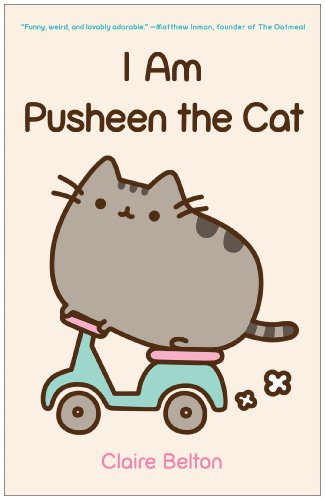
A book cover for I Am Pusheen the Cat; Claire Belton; Comics & Graphic Novels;